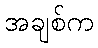
အချစ်က